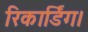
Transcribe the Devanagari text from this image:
रिकार्डिग।